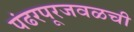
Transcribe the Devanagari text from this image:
पंढरपूरजवळची